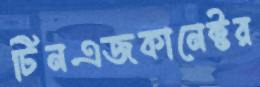
টিনএজকানেক্টর